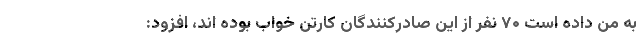
به من داده است ۷۰ نفر از این صادرکنندگان کارتن خواب بوده اند، افزود: